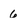
Character: 6